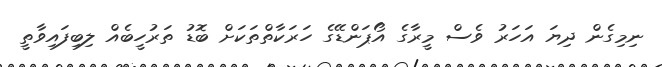
ނިމިގެން ދިޔަ އަހަރު ވެސް މީރާގެ އޯޕަންޑޭގެ ހަރަކާތްތަކަށް ބޮޑު ތަރުހީބެއް ލިބިފައިވާތީ